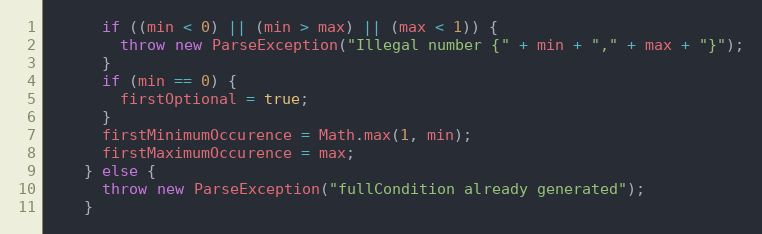
Language: Java
      if ((min < 0) || (min > max) || (max < 1)) {
        throw new ParseException("Illegal number {" + min + "," + max + "}");
      }
      if (min == 0) {
        firstOptional = true;
      }
      firstMinimumOccurence = Math.max(1, min);
      firstMaximumOccurence = max;
    } else {
      throw new ParseException("fullCondition already generated");
    }